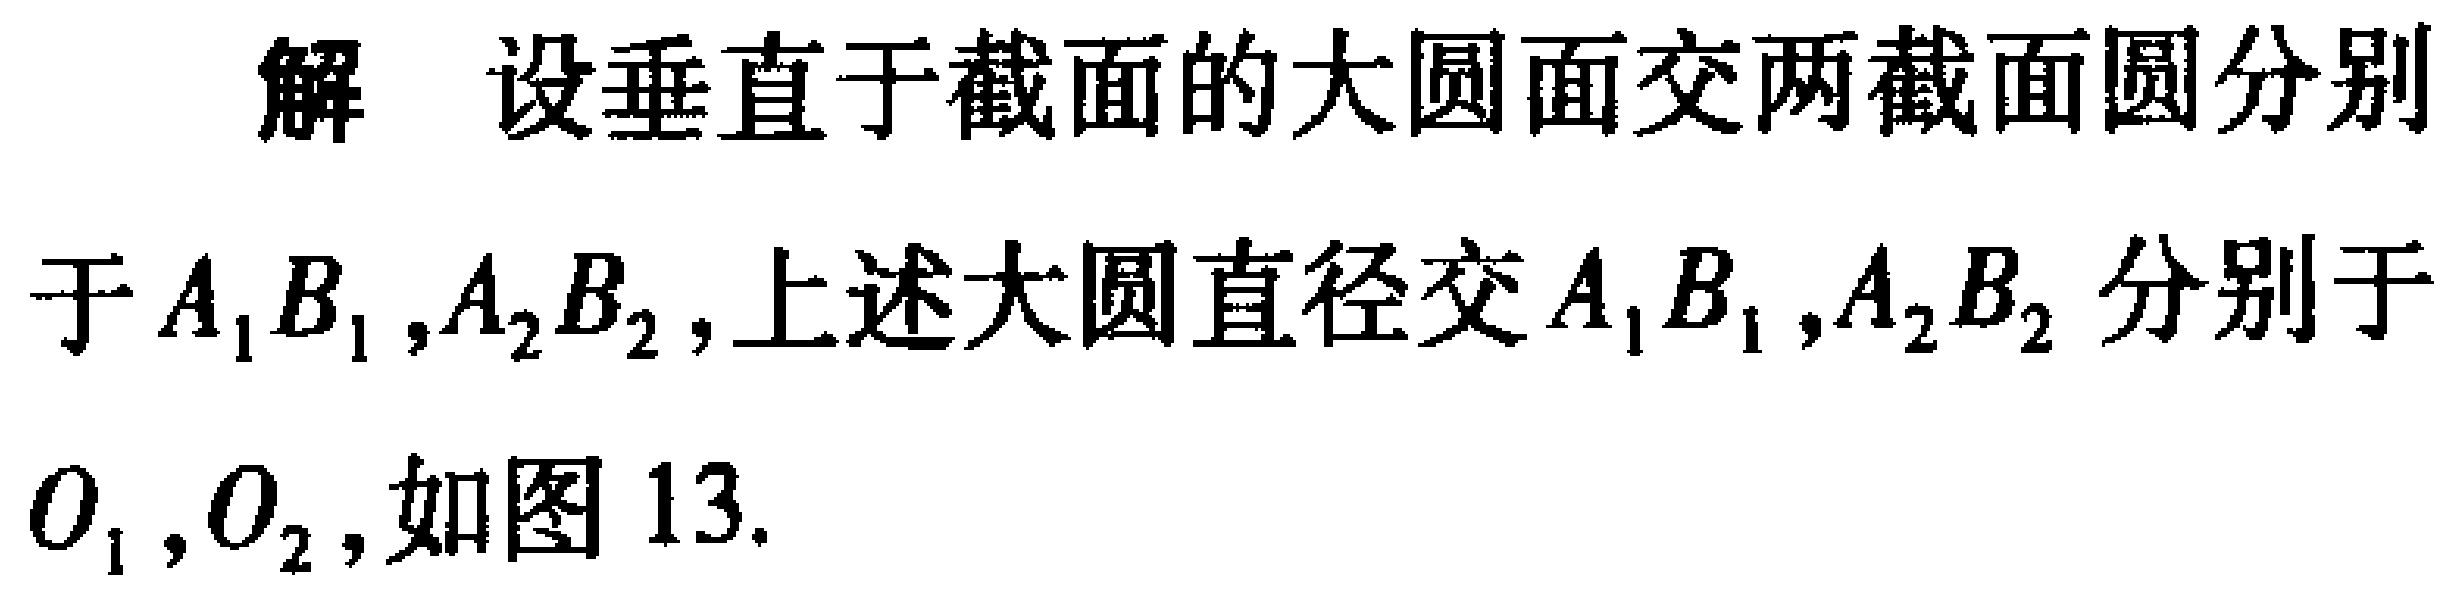
解 设垂直于截面的大圆面交两截面圆分别于$A_{1}B_{1},A_{2}B_{2}$,上述大圆直径交$A_{1}B_{1},A_{2}B_{2}$分别于$O_{1},O_{2}$,如图 13.